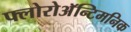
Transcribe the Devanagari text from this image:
फ्लोरोअॅन्टिमनिक